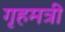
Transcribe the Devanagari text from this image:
गृहमत्री